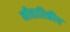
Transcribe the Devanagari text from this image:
नीहारिकीय